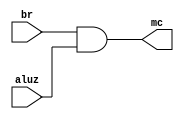
module AND(br,aluz,mc);
input br,aluz;
output mc;
assign mc = br & aluz;
endmodule